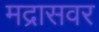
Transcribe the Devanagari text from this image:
मद्रासवर